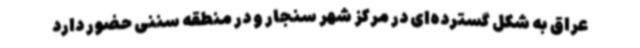
عراق به شکل گسترده‌ای در مرکز شهر سنجار و در منطقه سننی حضور دارد